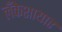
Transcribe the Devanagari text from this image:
लँकेशायार